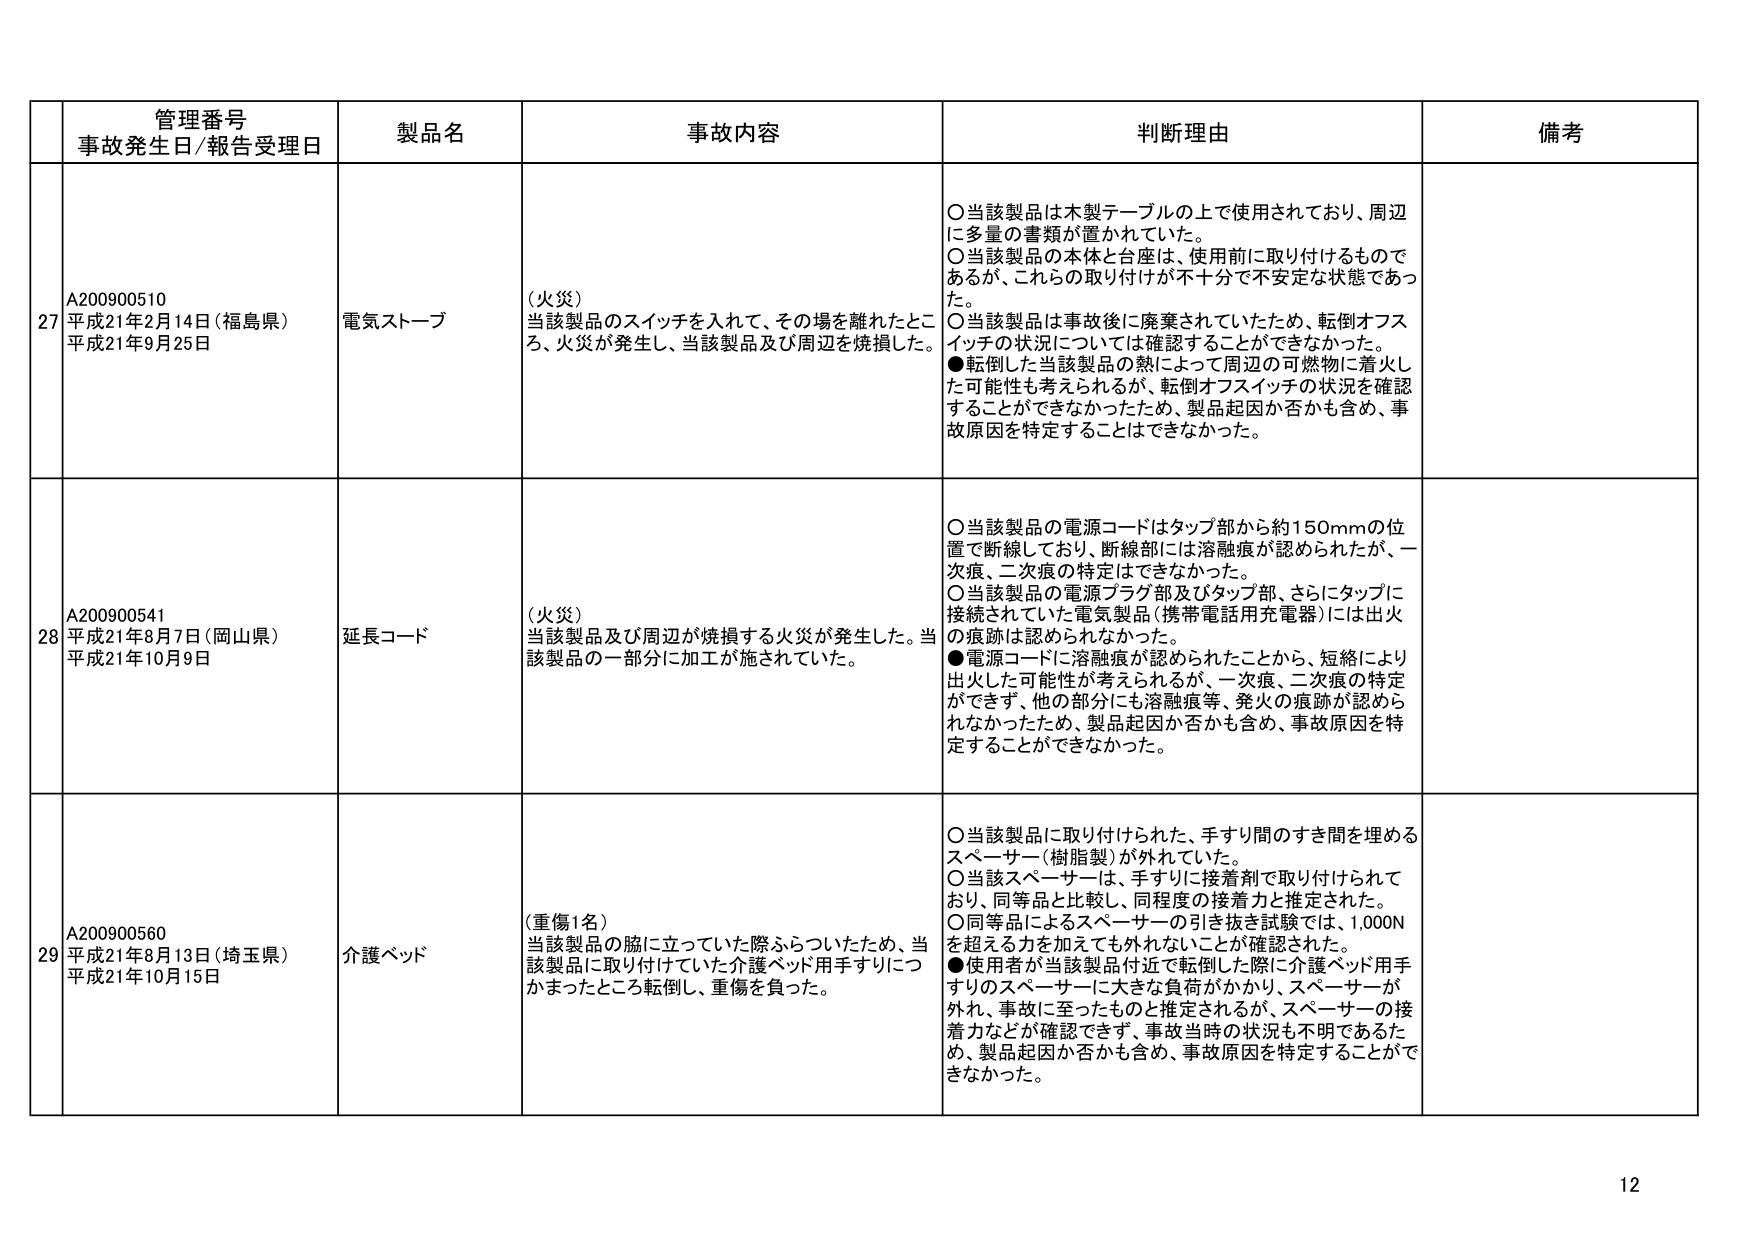
管理番号
事故発生日/報告受理日
製品名
事故内容
判断理由
備考

27
A200900510
平成21年2月14日（福島県）
平成21年9月25日
電気ストーブ
（火災）
当該製品のスイッチを入れて、その場を離れたところ、火災が発生し、当該製品及び周辺を焼損した。
○当該製品は木製テーブルの上で使用されており、周辺に多量の書類が置かれていた。
○当該製品の本体と台座は、使用前に取り付けるものであるが、これらの取り付けが不十分で不安定な状態であった。
○当該製品は事故後に廃棄されていたため、転倒オフスイッチの状況については確認することができなかった。
●転倒した当該製品の熱によって周辺の可燃物に着火した可能性も考えられるが、転倒オフスイッチの状況を確認することができなかったため、製品起因か否かも含め、事故原因を特定することはできなかった。

28
A200900541
平成21年8月7日（岡山県）
平成21年10月9日
延長コード
（火災）
当該製品及び周辺が焼損する火災が発生した。当該製品の一部分に加工が施されていた。
○当該製品の電源コードはタップ部から約150mmの位置で断線しており、断線部には溶融痕が認められたが、一次痕、二次痕の特定はできなかった。
○当該製品の電源プラグ部及びタップ部、さらにタップに接続されていた電気製品（携帯電話用充電器）には出火の痕跡は認められなかった。
●電源コードに溶融痕が認められたことから、短絡により出火した可能性が考えられるが、一次痕、二次痕の特定ができず、他の部分にも溶融痕等、発火の痕跡が認められなかったため、製品起因か否かも含め、事故原因を特定することができなかった。

29
A200900560
平成21年8月13日（埼玉県）
平成21年10月15日
介護ベッド
（重傷1名）
当該製品の脇に立っていた際ふらついたため、当該製品に取り付けていた介護ベッド用手すりにつかまったところ転倒し、重傷を負った。
○当該製品に取り付けられた、手すり間のすき間を埋めるスペーサー（樹脂製）が外れていた。
○当該スペーサーは、手すりに接着剤で取り付けられており、同等品と比較し、同程度の接着力と推定された。
○同等品によるスペーサーの引き抜き試験では、1,000Nを超える力を加えても外れないことが確認された。
●使用者が当該製品付近で転倒した際に介護ベッド用手すりのスペーサーに大きな負荷がかかり、スペーサーが外れ、事故に至ったものと推定されるが、スペーサーの接着力などが確認できず、事故当時の状況も不明であるため、製品起因か否かも含め、事故原因を特定することができなかった。

12